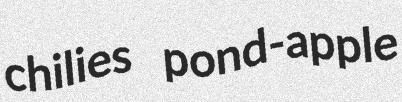
chilies pond-apple